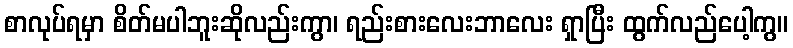
စာလုပ်ရမှာ စိတ်မပါဘူးဆိုလည်းကွာ၊ ရည်းစားလေးဘာလေး ရှာပြီး ထွက်လည်ပေါ့ကွ။